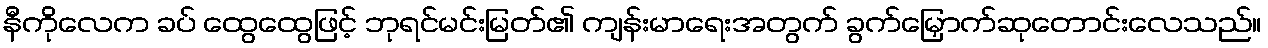
နီကိုလေက ခပ် ထွေထွေဖြင့် ဘုရင်မင်းမြတ်၏ ကျန်းမာရေးအတွက် ခွက်မြှောက်ဆုတောင်းလေသည်။